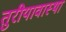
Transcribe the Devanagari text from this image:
तुरीयावास्था